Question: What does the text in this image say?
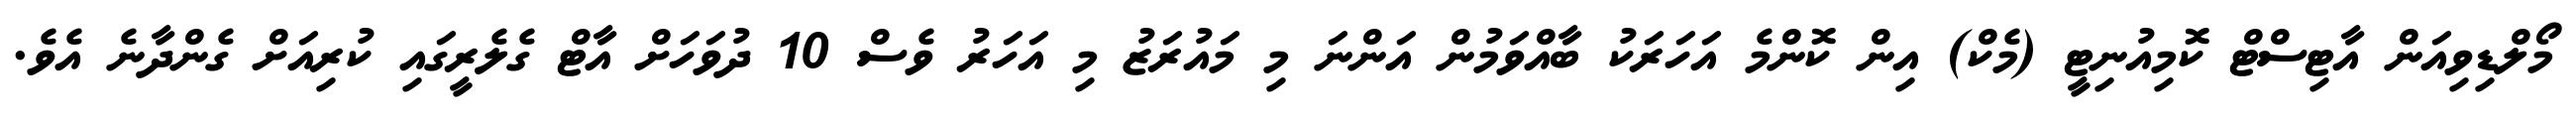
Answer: މޯލްޑިވިއަން އާޓިސްޓް ކޮމިއުނިޓީ (މެކް) އިން ކޮންމެ އަހަރަކު ބާއްވަމުން އަންނަ މި މައުރަޒު މި އަހަރު ވެސް 10 ދުވަހަށް އާޓް ގެލެރީގައި ކުރިއަށް ގެންދާނެ އެވެ.